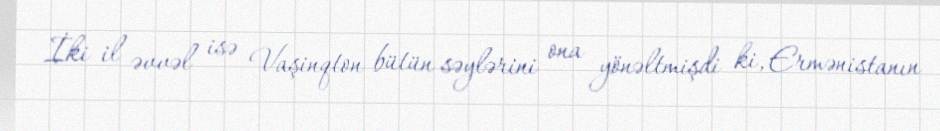
İki il əvvəl isə Vaşinqton bütün səylərini ona yönəltmişdi ki, Ermənistanın